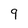
Character: 9